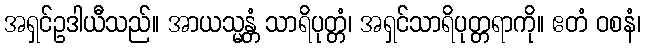
အရှင်ဥဒါယီသည်။ အာယသ္မန္တံ သာရိပုတ္တံ၊ အရှင်သာရိပုတ္တရာကို။ ဧတံ ဝစနံ၊